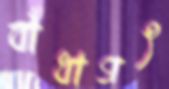
বাঁধাগৎ